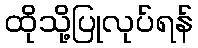
ထိုသို့ပြုလုပ်ရန်